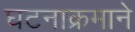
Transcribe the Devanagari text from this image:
घटनाक्रमाने